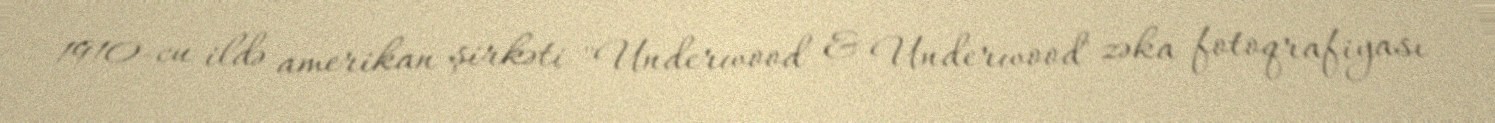
1910-cu ildə amerikan şirkəti "Underwood & Underwood" zəka fotoqrafiyası